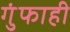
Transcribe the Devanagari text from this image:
गुंफाही